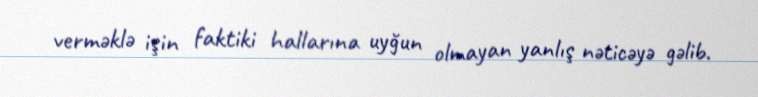
verməklə işin faktiki hallarına uyğun olmayan yanlış nəticəyə gəlib.